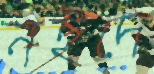
নইদে